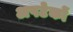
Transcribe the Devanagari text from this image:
अपटेकों